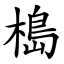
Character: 槝